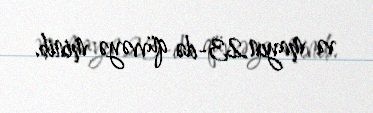
və mayın 23-də qüvvəyə minib.